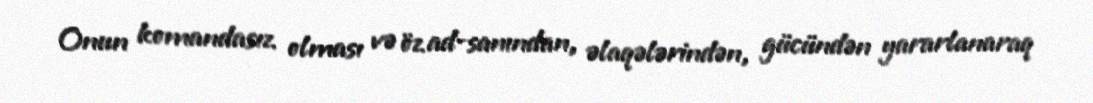
Onun komandasız olması və öz ad-sanından, əlaqələrindən, gücündən yararlanaraq